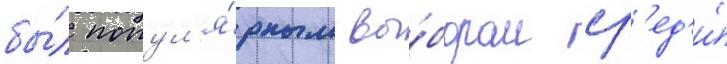
бы́л попул'я́рным вы́бором ср'ед'и́